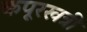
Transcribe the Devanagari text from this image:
कपूरखत्री